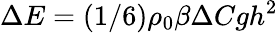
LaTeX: \Delta E=(1/6)\rho_{0}\beta\Delta Cgh^{2}